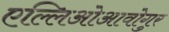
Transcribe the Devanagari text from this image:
एल्लिओआवोगुर